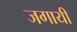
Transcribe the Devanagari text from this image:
जगायी